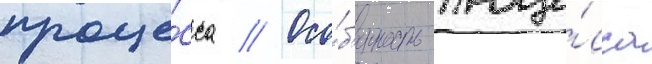
проце́сса // Осо́б'енность проце́сса